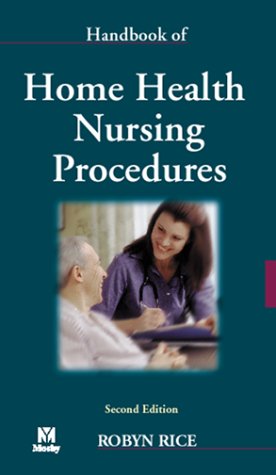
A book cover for Handbook of Home Health Nursing Procedures, 2e; Robyn Rice PhD  RN; Medical Books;